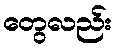
တွေလည်း